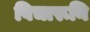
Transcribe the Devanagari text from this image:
विचारूनि